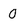
Character: 0